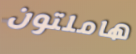
هاملتون